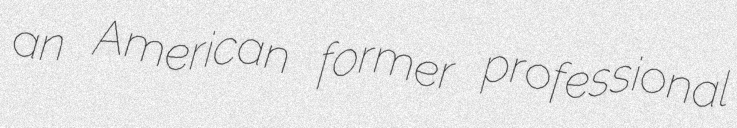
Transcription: an American former professional